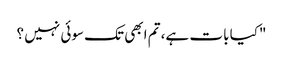
"کیا بات ہے، تم ابھی تک سوئی نہیں ؟